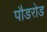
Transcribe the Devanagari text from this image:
पौडरोड